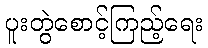
ပူးတွဲစောင့်ကြည့်ရေး